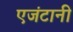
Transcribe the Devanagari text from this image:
एजंटानी